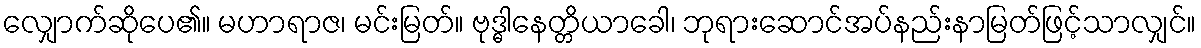
လျှောက်ဆိုပေ၏။ မဟာရာဇ၊ မင်းမြတ်။ ဗုဒ္ဓါနေတ္တိယာခေါ၊ ဘုရားဆောင်အပ်နည်းနာမြတ်ဖြင့်သာလျှင်။